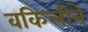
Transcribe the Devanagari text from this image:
वकिलीने